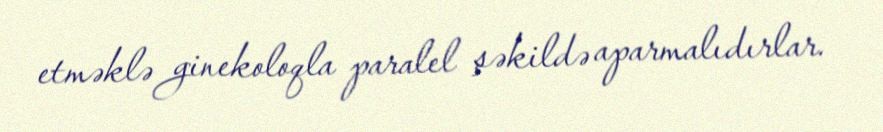
etməklə ginekoloqla paralel şəkildə aparmalıdırlar.